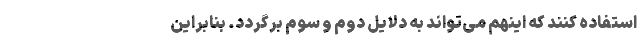
استفاده کنند که اینهم می‌تواند به دلایل دوم و سوم بر‌گردد. بنابراین